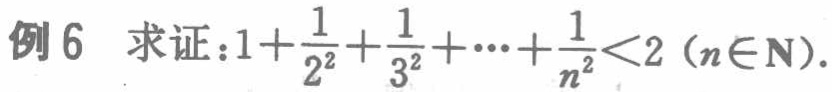
例6 求证：\(1+\frac{1}{2^{2}}+\frac{1}{3^{2}}+\cdots+\frac{1}{n^{2}}<2\)（\(n\in\mathbf{N}\)）.